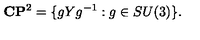
{ \bf C } { \bf P } ^ { 2 } = \{ g Y g ^ { - 1 } : g \in S U ( 3 ) \} .